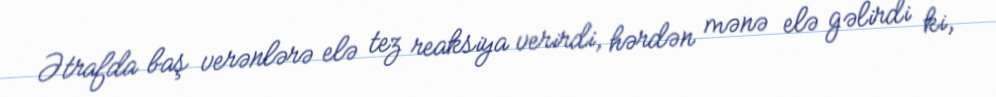
Ətrafda baş verənlərə elə tez reaksiya verirdi, hərdən mənə elə gəlirdi ki,